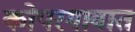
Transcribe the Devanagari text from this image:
कोपरगावात